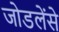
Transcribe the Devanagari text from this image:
जोडलेंसे